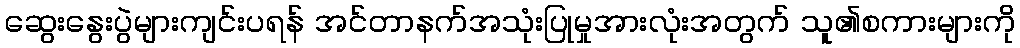
ဆွေးနွေးပွဲများကျင်းပရန် အင်တာနက်အသုံးပြုမှုအားလုံးအတွက် သူ၏စကားများကို